Indian journal of veterinary science and animal husbandry - Volume 10,
Year: 1940
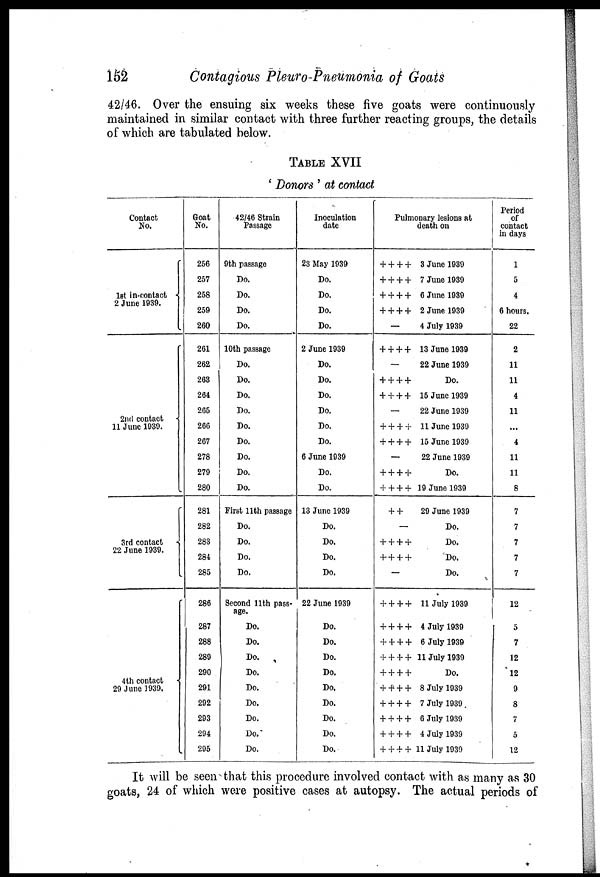
152
Contagious Pleuro-pneumonia of Goats
42/46. Over the ensuing six weeks these five goats were continuously
maintained in similar contact with three further reacting groups, the details
of which are tabulated below.
TABLE XVII
' Donors ' at contact
Contact
No.
1st in-contact {
2 June 1939.
2nd contact {
11 June 1939.
3rd contact {
22 June 1939.
4 th contact {
29 June 1939.
Goat
No.
256
257
258
259
260
261
262
263
264
265
266
267
278
279
280
281
282
283
284
285
286
287
288
289
290
291
292
293
294
295
42/46 Strain
Passage
9th passage
Do.
Do.
Do.
Do.
10th passage
Do.
Do.
Do.
Do.
Do.
Do.
Do.
Do.
Do.
First 11th passage
Do.
Do.
Do.
Do.
Second 11th pass-
age.
Do.
Do.
Do.
Do.
Do.
Do.
Do.
Do.
Do.
Inoculation
date
23 May 1939
Do.
Do.
Do.
Do.
2 June 1939
Do.
Do.
Do.
Do.
Do.
Do.
6 June 1939
Do.
Do.
13 June 1939
Do.
Do.
Do.
Do.
22 June 1939
Do.
Do.
Do.
Do.
Do.
Do.
Do.
Do.
Do.
Pulmonary lesions at
death on
+ + + + 3 June 1939
+ + + + 7 June 1939
+ + + + 6 June 1939
+ + + + 2 June 1939
—
4 July 1939
+ + + + 13 June 1939
—
22 June 1939
+ + + +
Do.
+ + + + 15 June 1939
—
22 June 1939
+ + + + 11 June 1939
+ + + + 15 June 1939
—
22 June 1939
+ + + +
Do.
+ + + + 19 June 1939
+ +
29 June 1939
—
Do.
+ + + +
Do.
+ + + +
Do.
—
Do.
+ + + + 11 July 1939
+ + + + 4 July 1939
+ + + + 6 July 1939
+ + + + 11 July 1939
+ + + +
Do.
+ + + + 8 July 1939
+ + + + 7 July 1939
+ + + + 6 July 1939
+ + + + 4 July 1939
+ + + + 11 July 1939
Period
of
contact
in days
1
5
4
6 hours.
22
2
11
11
4
11
...
4
11
11
8
7
7
7
7
7
12
5
7
12
12
9
8
7
5
12
It will be seen that this procedure involved contact with as many as 30
goats, 24 of which were positive cases at autopsy. The actual periods of